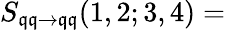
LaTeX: S_{\mathfrak{q}\mathfrak{q}\rightarrow\mathfrak{q}\mathfrak{q}}(1,2;3,4)=